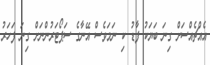
އެއްޗެއްސަށް ގިނަ ބަޔަކު ފާޑު ކި ނަމަވެސް އޭނާގެ ސަޕޯޓަރުންނަށް ގިނަ ފަހަރު